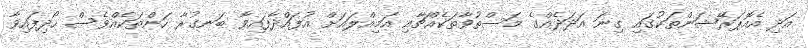
އަދި އެއޮޕަރޭޝަންތަކުގައި ގިނަ އަދަދެއްގެ މަސްތުވާތަކެއްޗާއި އަމިއްލައަށް އުފައްދާފައިވާ ބަނގުރާ ހަންތަކެއްވެސް ހޯދިފައިވާ